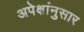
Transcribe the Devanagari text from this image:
अपेक्षांनुसार